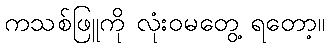
ကသစ်ဖြူကို လုံးဝမတွေ့ ရတော့။